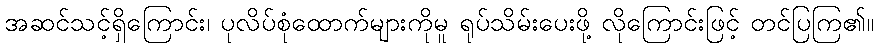
အဆင်သင့်ရှိကြောင်း၊ ပုလိပ်စုံထောက်များကိုမူ ရုပ်သိမ်းပေးဖို့ လိုကြောင်းဖြင့် တင်ပြကြ၏။